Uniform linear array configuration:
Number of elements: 64
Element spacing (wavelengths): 1
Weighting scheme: hann
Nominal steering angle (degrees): -15
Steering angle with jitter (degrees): -16.658
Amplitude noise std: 0.05
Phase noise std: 0.05

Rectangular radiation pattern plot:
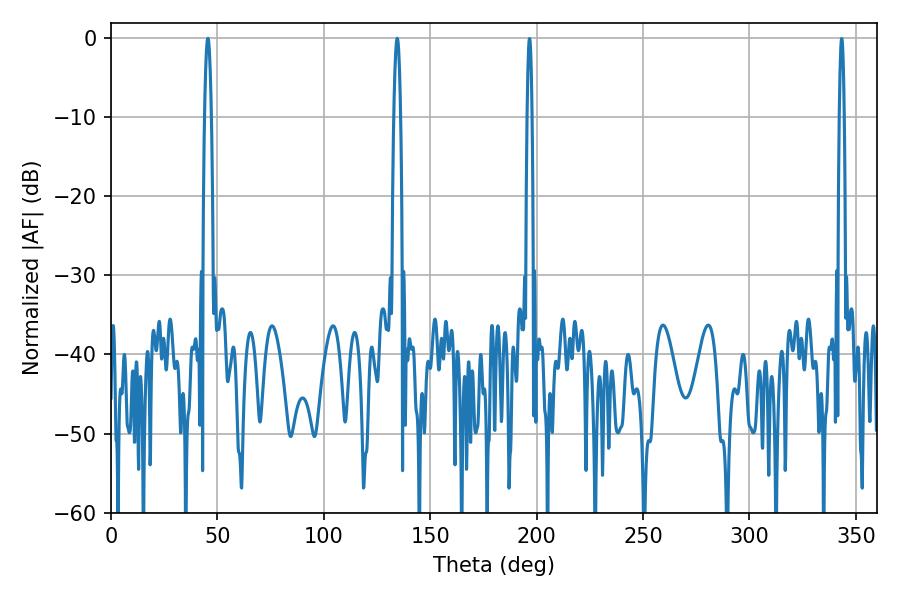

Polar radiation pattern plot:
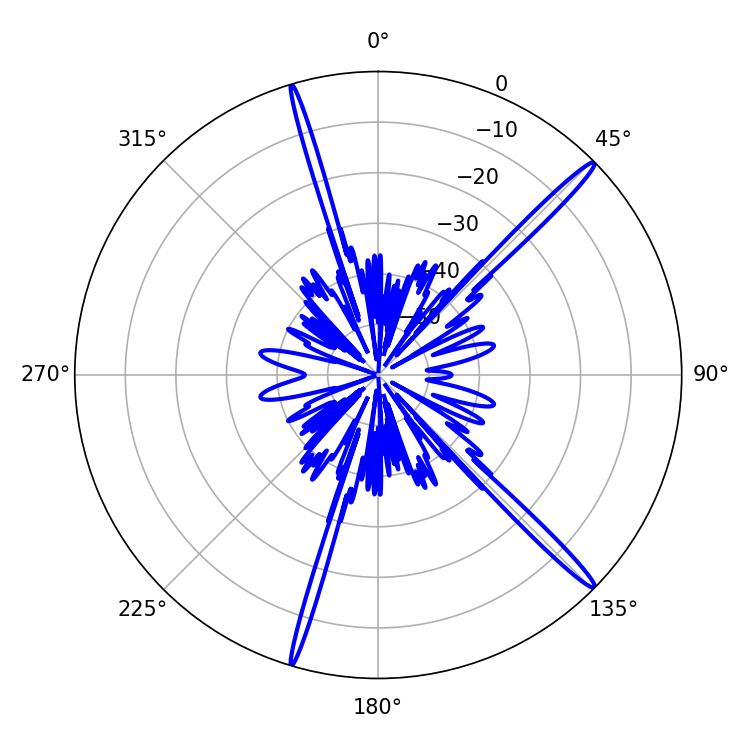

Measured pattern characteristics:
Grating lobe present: TRUE
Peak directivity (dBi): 17.662
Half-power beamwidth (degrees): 1.8
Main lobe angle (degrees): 45.54